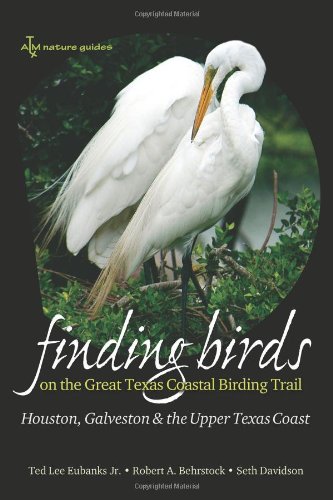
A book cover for Finding Birds on the Great Texas Coastal Birding Trail: Houston, Galveston, and the Upper Texas Coast (Gulf Coast Books, sponsored by Texas A&M University-Corpus Christi); Ted L. Eubanks Jr.; Travel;